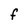
Character: F